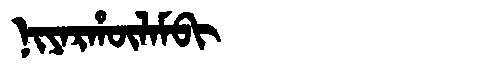
Manchu: ᠨᡳᠶᠠᡵᡥᡡᠯᠠᠮᠪᡳ
Romanization: NIYARHŪLAMBI